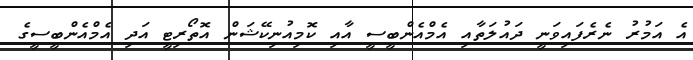
އެ އަމުރު ނެރެފައިވަނީ ދައުލަތާއި އެމްއެންބީސީ އާއި ކޮމިއުނިކޭޝަން އޮތޯރިޓީ އަދި އެމްއެންބީސީގެ